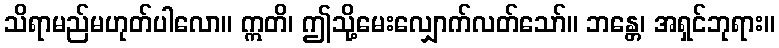
သိရာမည်မဟုတ်ပါလော။ ဣတိ၊ ဤသို့မေးလျှောက်လတ်သော်။ ဘန္တေ၊ အရှင်ဘုရား။